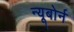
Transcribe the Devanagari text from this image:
न्यूबोर्न